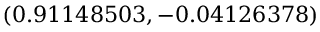
( 0 . 9 1 1 4 8 5 0 3 , - 0 . 0 4 1 2 6 3 7 8 )